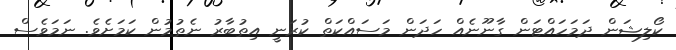
ކޯލިޝަން ދަމަހައްޓަން ގާނޫނެއް ހަދަން މަސައްކަތް ކުރަނީ އިތުބާރު ނެތުމުން ކަމަށެވެ. ނަމަވެސް